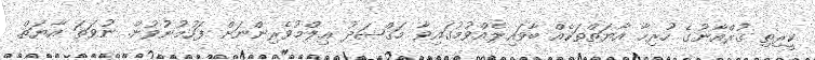
ކީރިތި ޤުރްއާނުގެ ހުރިހާ އާޔަތްތަކެއް ބާވައިލެއްވުމުގައިވާ މަޤްޞަދު ޢިލްމުވެރިންނަށް ފަހުމުނުވުން. ނުވަތަ އާޔަތް